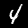
Digit: 4